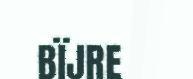
BÏJRE